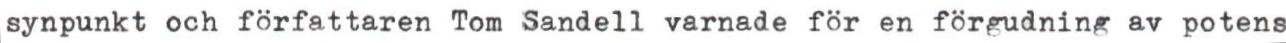
synpunkt och författaren Tom Sandell varnade för en förgudning av potens